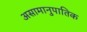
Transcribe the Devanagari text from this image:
असामानुपातिक